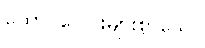
ထောင်ပေါင်းများစွာသော